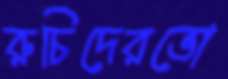
রুচিদেরভো